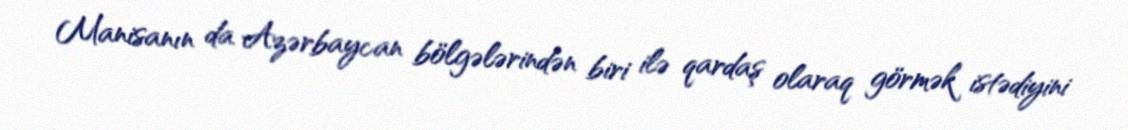
Manisanın da Azərbaycan bölgələrindən biri ilə qardaş olaraq görmək istədiyini